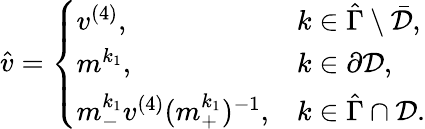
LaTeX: \begin{array}{r}{\hat{v}=\left\{ \begin{array}{ll}{v^{(4)},}&{k\in\hat{\Gamma}\setminus\bar{\mathcal{D}},}\\ {m^{k_{1}},}&{k\in\partial\mathcal{D},}\\ {m_{-}^{k_{1}}v^{(4)}(m_{+}^{k_{1}})^{-1},}&{k\in\hat{\Gamma}\cap\mathcal{D}.}\end{array}\right.}\end{array}